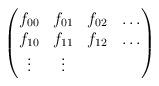
LaTeX: \begin{align*} \begin{pmatrix}f_{00} & f_{01} & f_{02} & \ldots \\f_{10} & f_{11} & f_{12} & \ldots \\\vdots & \vdots & &\end{pmatrix}\end{align*}